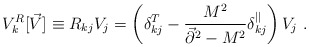
\begin{align*}V^R_k[\vec{V}]\equiv R_{kj}V_j = \left(\delta^T_{kj} -{M^2 \over \vec{\partial}^2-M^2}\delta_{kj}^{||}\right)V_j~.\end{align*}